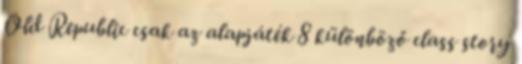
Old Republic csak az alapjáték 8 különböző class story